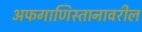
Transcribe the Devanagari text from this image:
अफगाणिस्तानावरील